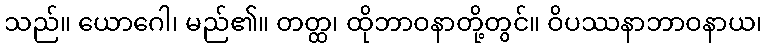
သည်။ ယောဂေါ၊ မည်၏။ တတ္ထ၊ ထိုဘာဝနာတို့တွင်။ ဝိပဿနာဘာဝနာယ၊